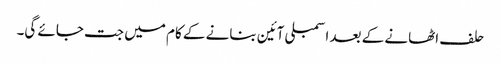
حلف اٹھانے کے بعد اسمبلی آئین بنانے کے کام میں جت جائے گی۔